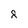
Character: 8